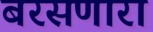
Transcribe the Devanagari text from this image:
बरसणारा